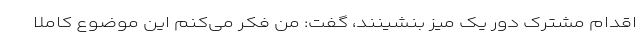
اقدام مشترک دور یک میز بنشینند، گفت: من فکر می‌کنم این موضوع کاملاً